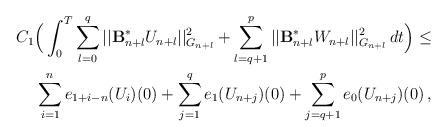
LaTeX: \begin{align*}C_1\Big( \int_0^T \sum_{l=0}^q || \mathcal{\mathbf{B}}_{n+l}^{\ast}U_{n+l}||_{G_{n+l}}^2 + \sum_{l=q+1}^p || \mathcal{\mathbf{B}}_{n+l}^{\ast}W_{n+l}||_{G_{n+l}}^2\,dt\Big)\le \\\displaystyle{\sum_{i=1}^n e_{1+i-n}(U_i)(0)} + \sum_{j=1}^q e_1(U_{n+j})(0)+ \sum_{j=q+1}^p e_0(U_{n+j})(0)\,,\end{align*}